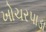
ખોચરપાડા